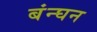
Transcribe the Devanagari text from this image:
बंन्घन